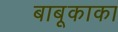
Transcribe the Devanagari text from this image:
बाबूकाका